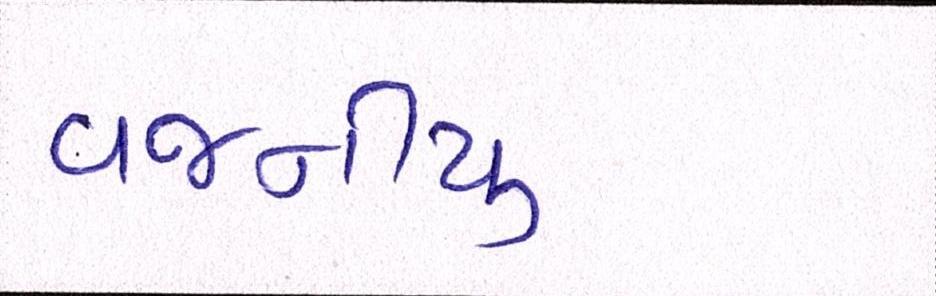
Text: વજનીયુ